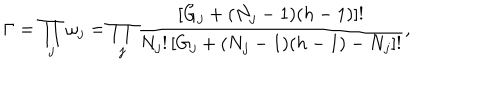
\Gamma = \prod _ { j } \omega _ { j } = \prod _ { j } \frac { \left[ G _ { j } + ( N _ { j } - 1 ) ( h - 1 ) \right] ! } { N _ { j } ! \left[ G _ { j } + ( N _ { j } - 1 ) ( h - 1 ) - N _ { j } \right] ! } ,